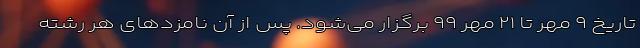
تاریخ ۹ مهر تا ۲۱ مهر ۹۹ برگزار می‌شود. پس از آن نامزدهای هر رشته